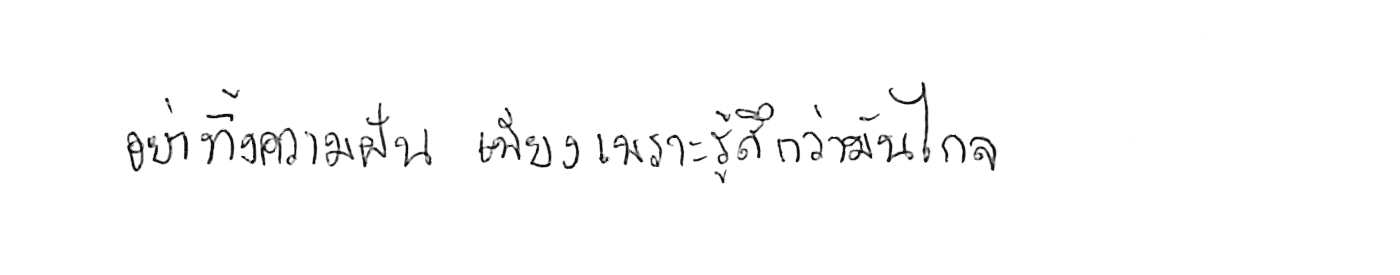
อย่าทิ้งความฝัน เพียงเพราะรู้สึกว่ามันไกล